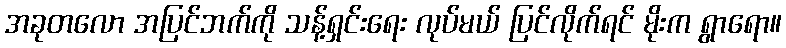
အခုတလော အပြင်ဘက်ကို သန့်ရှင်းရေး လုပ်မယ် ပြင်လိုက်ရင် မိုးက ရွာရော။